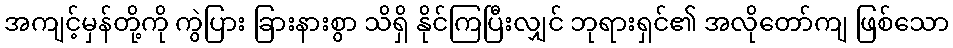
အကျင့်မှန်တို့ကို ကွဲပြား ခြားနားစွာ သိရှိ နိုင်ကြပြီးလျှင် ဘုရားရှင်၏ အလိုတော်ကျ ဖြစ်သော